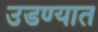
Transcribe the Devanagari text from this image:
उडण्यात